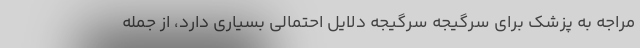
مراجه به پزشک برای سرگیجه سرگیجه دلایل احتمالی بسیاری دارد، از جمله